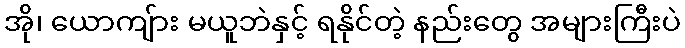
အို၊ ယောကျ်ား မယူဘဲနှင့် ရနိုင်တဲ့ နည်းတွေ အများကြီးပဲ